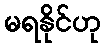
မရနိုင်ဟု